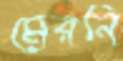
মেরনি